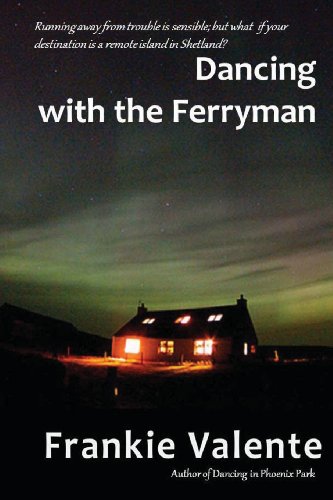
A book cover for Dancing with the Ferryman; Frankie Valente; Romance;